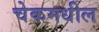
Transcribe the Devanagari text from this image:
चेकमधील